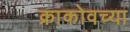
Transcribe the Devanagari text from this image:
क्राकोवच्या